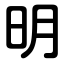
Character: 明